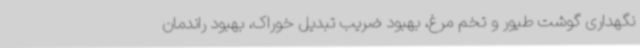
نگهداری گوشت طیور و تخم مرغ، بهبود ضریب تبدیل خوراک، بهبود راندمان